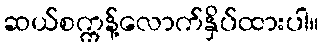
ဆယ်စက္ကန့်လောက်နှိပ်ထားပါ။